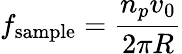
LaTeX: f_{\mathrm{sample}}=\frac{n_{p}v_{0}}{2\pi R}